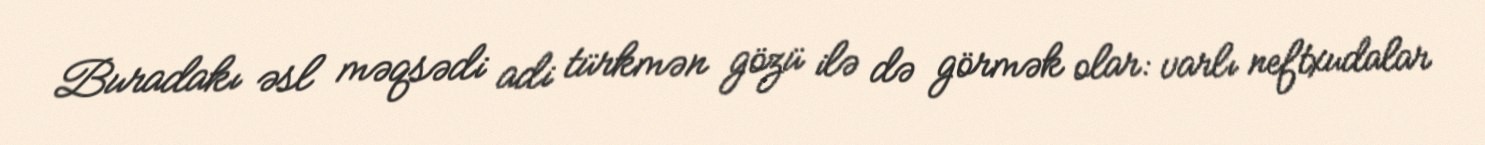
Buradakı əsl məqsədi adi türkmən gözü ilə də görmək olar: varlı neftxudalar